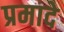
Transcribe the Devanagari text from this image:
प्रमादे